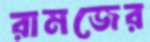
রামজের